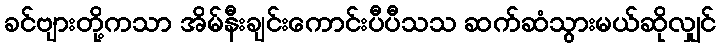
ခင်ဗျားတို့ကသာ အိမ်နီးချင်းကောင်းပီပီသသ ဆက်ဆံသွားမယ်ဆိုလျှင်